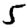
Digit: 5